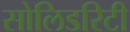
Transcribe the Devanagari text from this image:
सोलिडरिटी